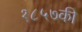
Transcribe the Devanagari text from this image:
१८५७की